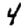
Digit: 4